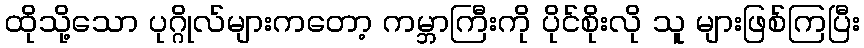
ထိုသို့သော ပုဂ္ဂိုလ်များကတော့ ကမ္ဘာကြီးကို ပိုင်စိုးလို သူ များဖြစ်ကြပြီး